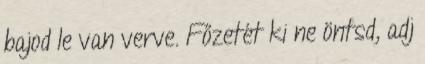
bajod le van verve. Főzetét ki ne öntsd, adj